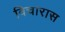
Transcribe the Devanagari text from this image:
विचारास